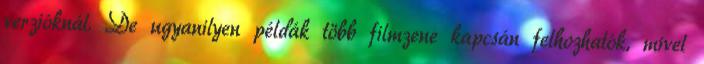
verzióknál. De ugyanilyen példák több filmzene kapcsán felhozhatók, mivel